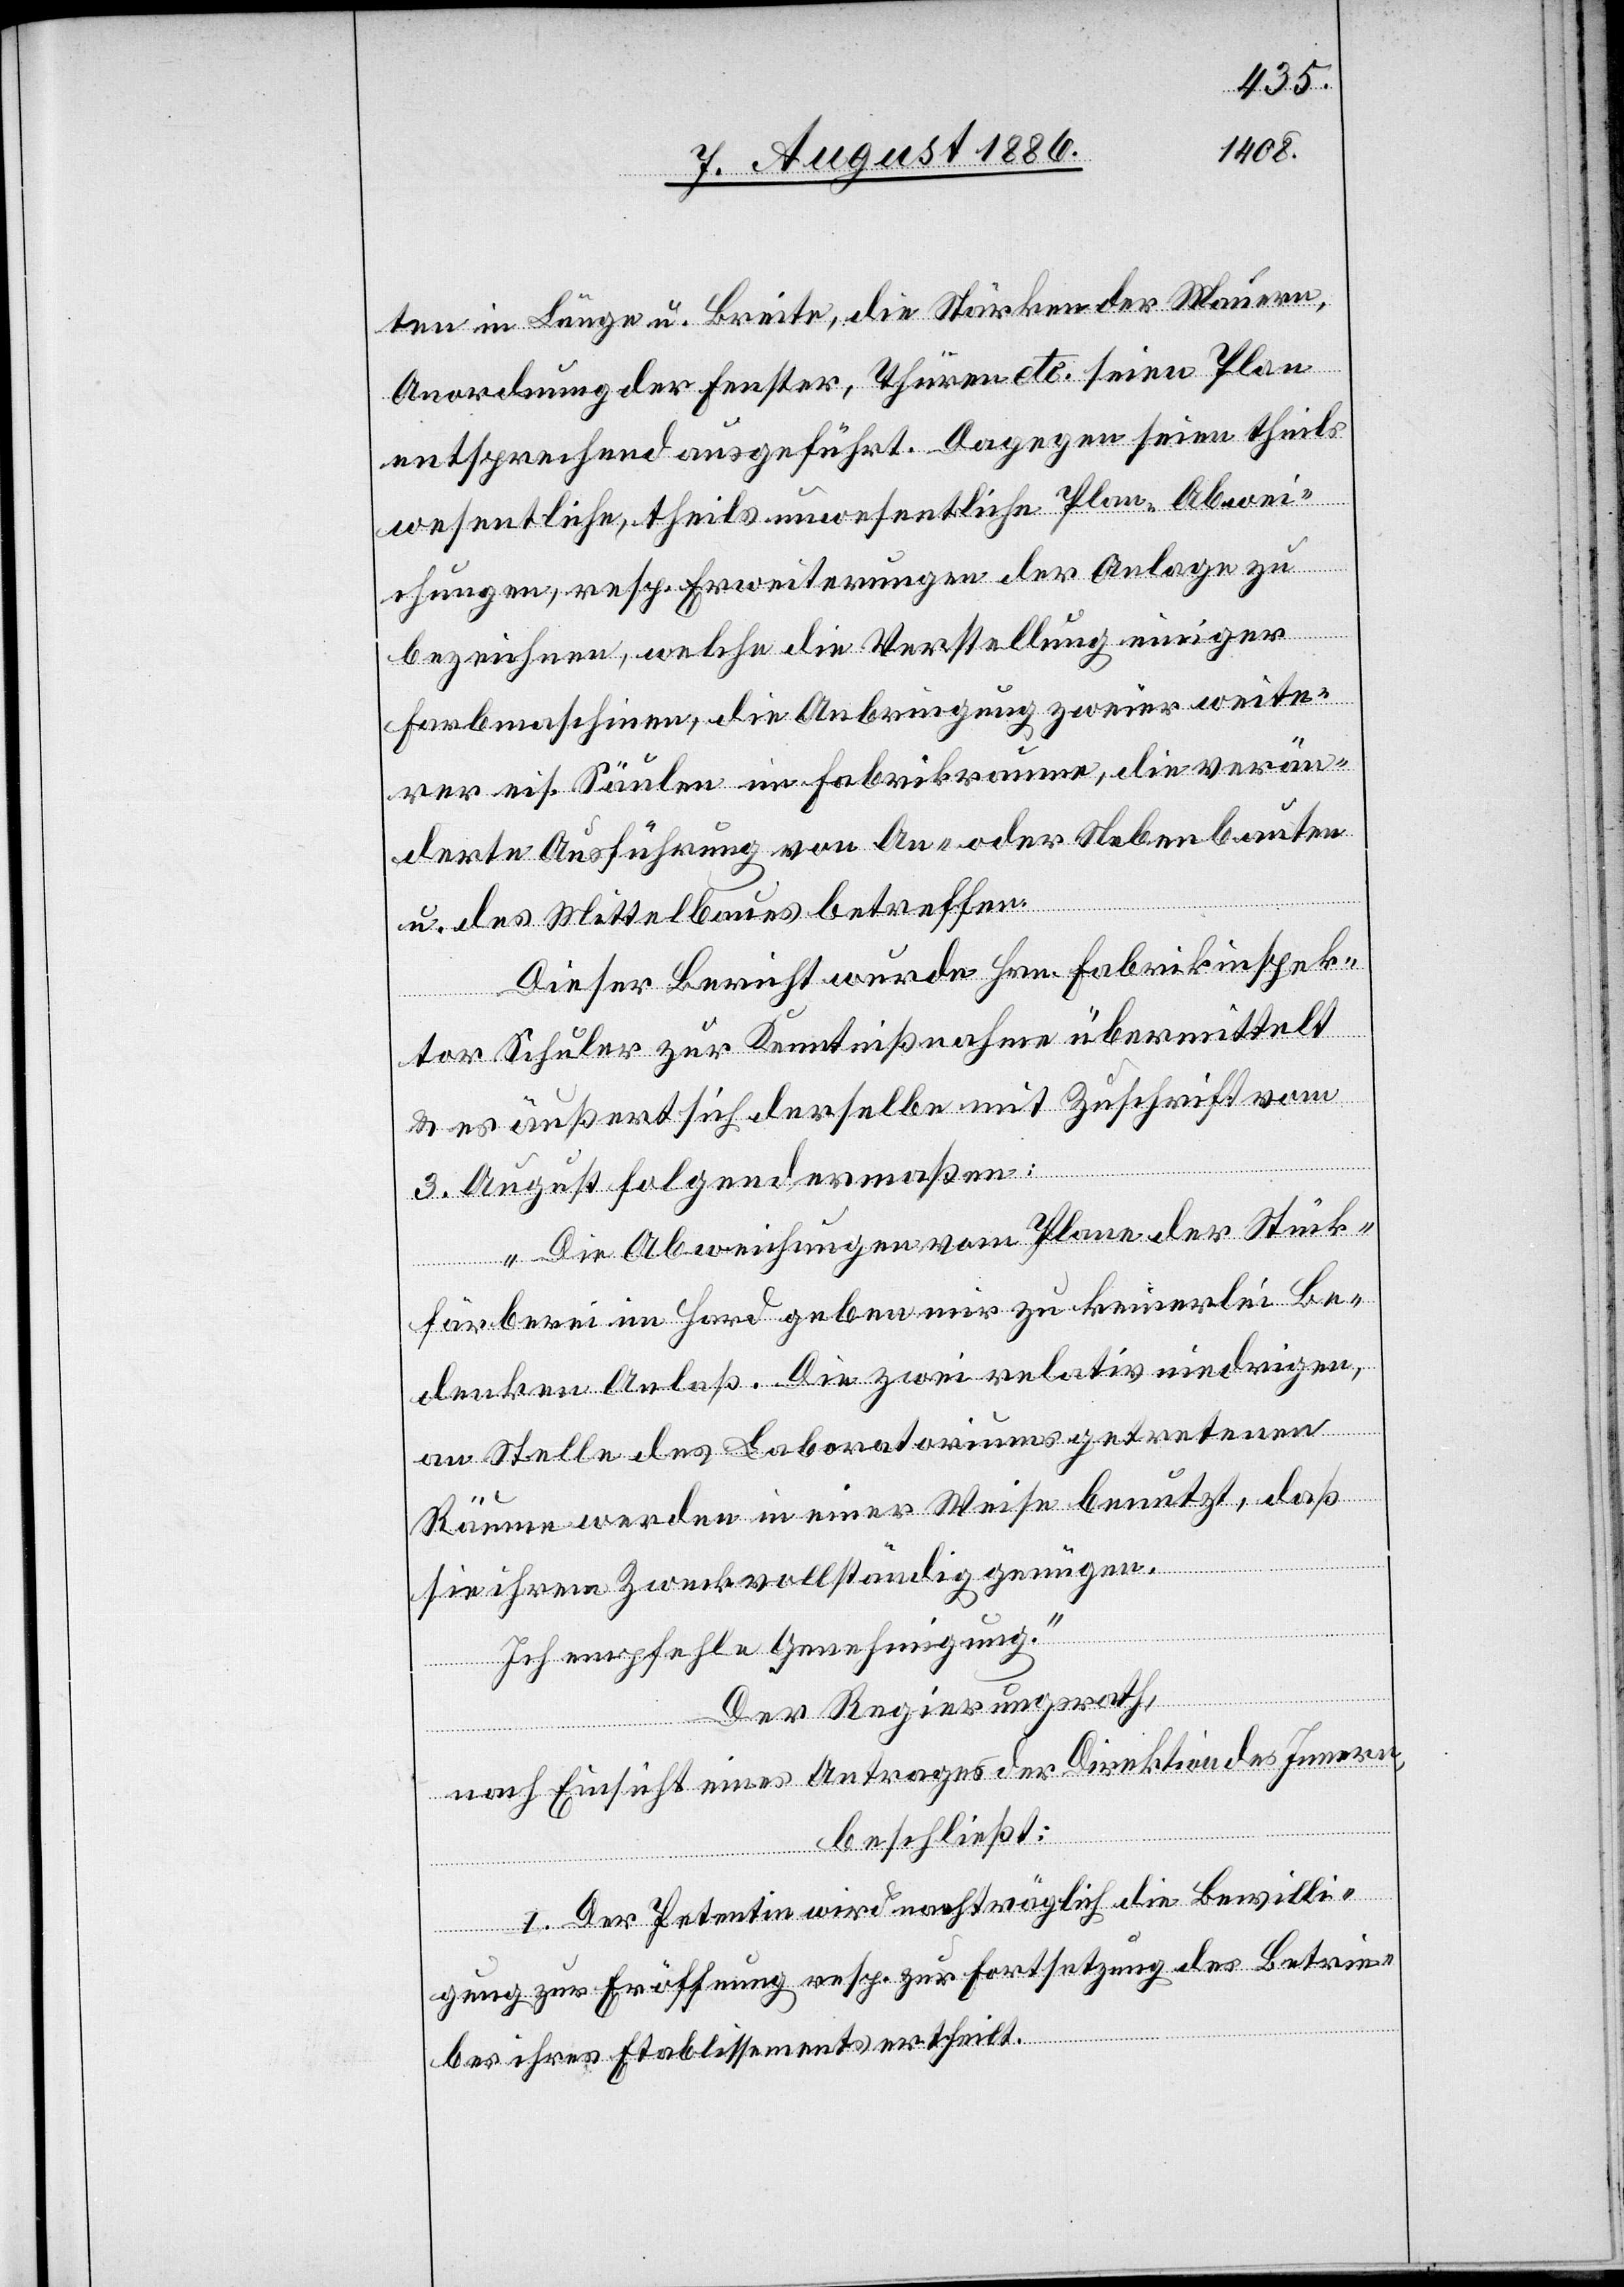
ten in Länge u. Breite, die Stärken der Mauern,
Anordnung der Fenster, Thüren etc. seien Plan
entsprechend ausgeführt. Dagegen seien theils
wesentliche, theils unwesentliche Plan-Abwei¬
chungen, resp. Erweiterungen der Anlage zu
bezeichnen, welche die Verstellung einiger
Farbmaschinen, die Anbringung zweier weite¬
rer eis. Säulen im Fabrikraume, die verän¬
derte Ausführung von An- oder Nebenbauten
u. des Mittelbaues betreffen.
Dieser Bericht wurde Hrn. Fabrikinspek¬
tor Schuler zur Kenntnißnahme übermittelt
& es äußert sich derselbe mit Zuschrift vom
3. August folgendermaßen:
„Die Abweichungen vom Plane der Stück¬
färberei im Hard geben mir zu keinerlei Be¬
denken Anlaß. Die zwei relativ niedrigen,
an Stelle des Laboratoriums getretenen
Räume werden in einer Weise benutzt, daß
sie ihrem Zweck vollständig genügen.
Ich empfehle Genehmigung.“
Der Regierungsrath,
nach Einsicht eines Antrages der Direktion des Innern,
beschließt:
I. Der Petentin wird nachträglich die Bewilli¬
gung zur Eröffnung resp. zur Fortsetzung des Betrie¬
bes ihres Etablissements ertheilt.